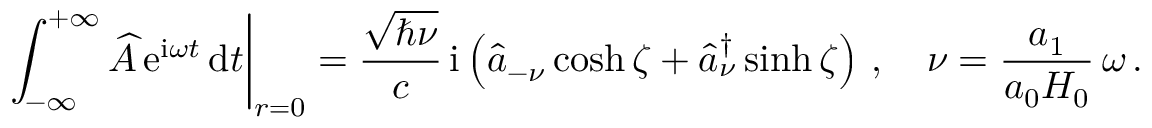
\left. \int _ { - \infty } ^ { + \infty } \widehat { A } \, \mathrm { e } ^ { \mathrm { i } \omega t } \, \mathrm { d } t \right| _ { r = 0 } = \frac { \sqrt { \hbar \nu } } { c } \, \mathrm { i } \left( \widehat { a } _ { - \nu } \cosh \zeta + \widehat { a } _ { \nu } ^ { \dagger } \sinh \zeta \right) \, , \quad \nu = \frac { a _ { 1 } } { a _ { 0 } H _ { 0 } } \, \omega \, .